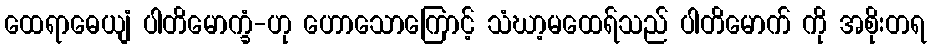
ထေရာဓေယျံ ပါတိမောက္ခံ-ဟု ဟောသောကြောင့် သံဃာ့မထေရ်သည် ပါတိမောက် ကို အစိုးတရ